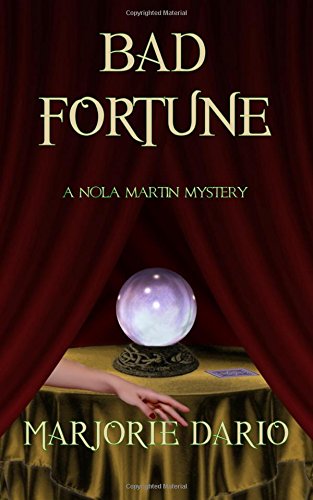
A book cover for Bad Fortune: A Nola Martin Mystery (Nola Martin Mysteries) (Volume 1); Marjorie Dario; Mystery, Thriller & Suspense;